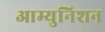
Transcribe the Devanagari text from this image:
आम्युनिशन